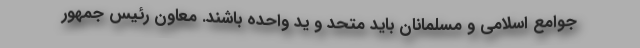
جوامع اسلامی و مسلمانان باید متحد و ید واحده باشند. معاون رئیس جمهور